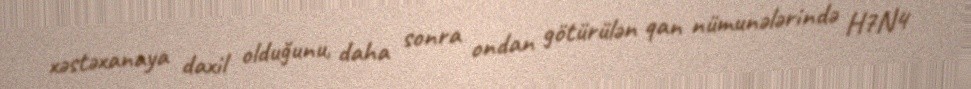
xəstəxanaya daxil olduğunu, daha sonra ondan götürülən qan nümunələrində H7N4